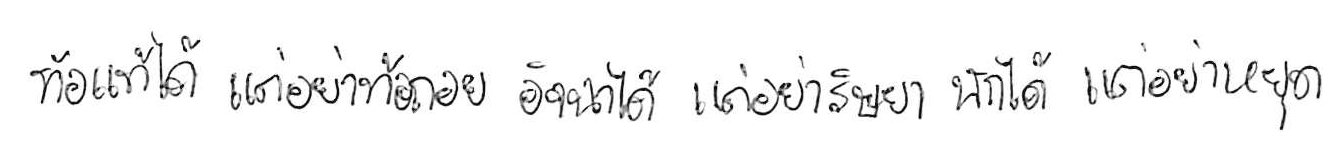
ท้อแท้ได้ แต่อย่าท้อถอย อิจฉาได้ แต่อย่าริษยา พักได้ แต่อย่าหยุด